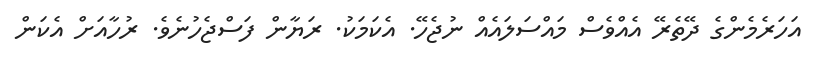
އަހަރެމެންގެ ދޭތެރޭ އެއްވެސް މައްސަލައެއް ނުޖެހޭ. އެކަމަކު. ރަޔާން ފަސްޖެހުނެވެ. ރުހާއަށް އެކަން